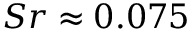
S r \approx 0 . 0 7 5